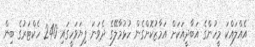
އެއްލައްކަ މީހުންގެ އަބާދީއަކަށް އަމާޒުކޮށްގެން ހުޅުމާލޭގެ ދެވަނަ ފިޔަވަހީގައި 240 ހެކްޓަރުގެ ބިން